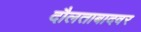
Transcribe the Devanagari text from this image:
दौलताबादवर